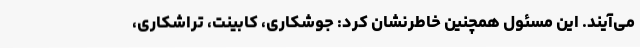
می‌آیند. این مسئول همچنین خاطرنشان کرد: جوشکاری، ‌کابینت، ‌تراشکاری،